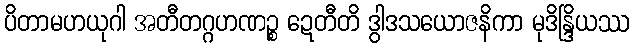
ပိတာမဟယုဂါ အတီတဂ္ဂဟဏဉ္စ ဍေတီတိ ဒွါဒသယောဇနိကာ မုဒိန္ဒြိယဿ